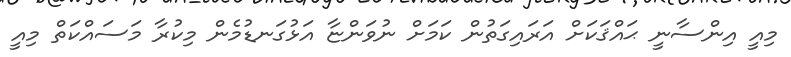
މިއީ އިންސާނީ ޙައްޤަކަށް އަރައިގަތުން ކަމަށް ނުވަންޏާ އަޅުގަނޑުމެން މިކުރާ މަސައްކަތް މިއީ